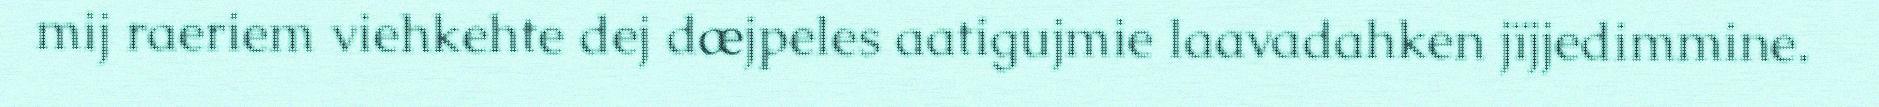
mij raeriem viehkehte dej dæjpeles aatigujmie laavadahken jïjjedimmine.